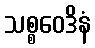
သစ္စဝေဒိနံ